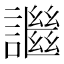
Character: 䜝